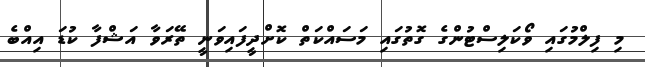
މި ފިލްމުގައި ވޯކަލިސްޓުންގެ ގޮތުގައި މަސައްކަތް ކޮށްދީފައިވަނީ ތޭރަވާ އަޝްފާ ކުޑަ އިއްބެ